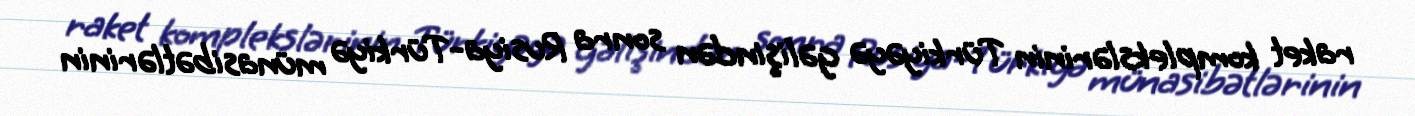
raket komplekslərinin Türkiyəyə gəlişindən sonra Rusiya-Türkiyə münasibətlərinin